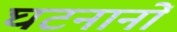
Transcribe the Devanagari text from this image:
घटनानों